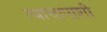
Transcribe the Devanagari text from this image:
त्याचापाशी